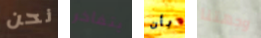
نحن يتفاخر بأن وجهتنا